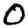
Digit: 0